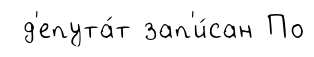
д'епута́т зап'и́сан По